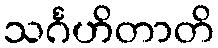
သင်္ဂဟိတာတိ